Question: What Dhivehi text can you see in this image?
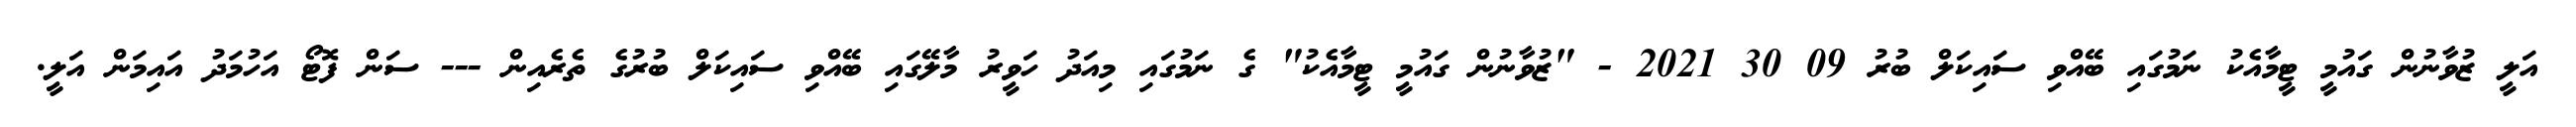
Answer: އަލީ ޒުވާނުން ގައުމީ ޓީމާއެކު ނަމުގައި ބޭއްވި ސައިކަލް ބުރު 09 30 2021 - "ޒުވާނުން ގައުމީ ޓީމާއެކު" ގެ ނަމުގައި މިއަދު ހަވީރު މާލޭގައި ބޭއްވި ސައިކަލް ބުރުގެ ތެރެއިން --- ސަން ފޮޓޯ އަހުމަދު އައިމަން އަލީ.